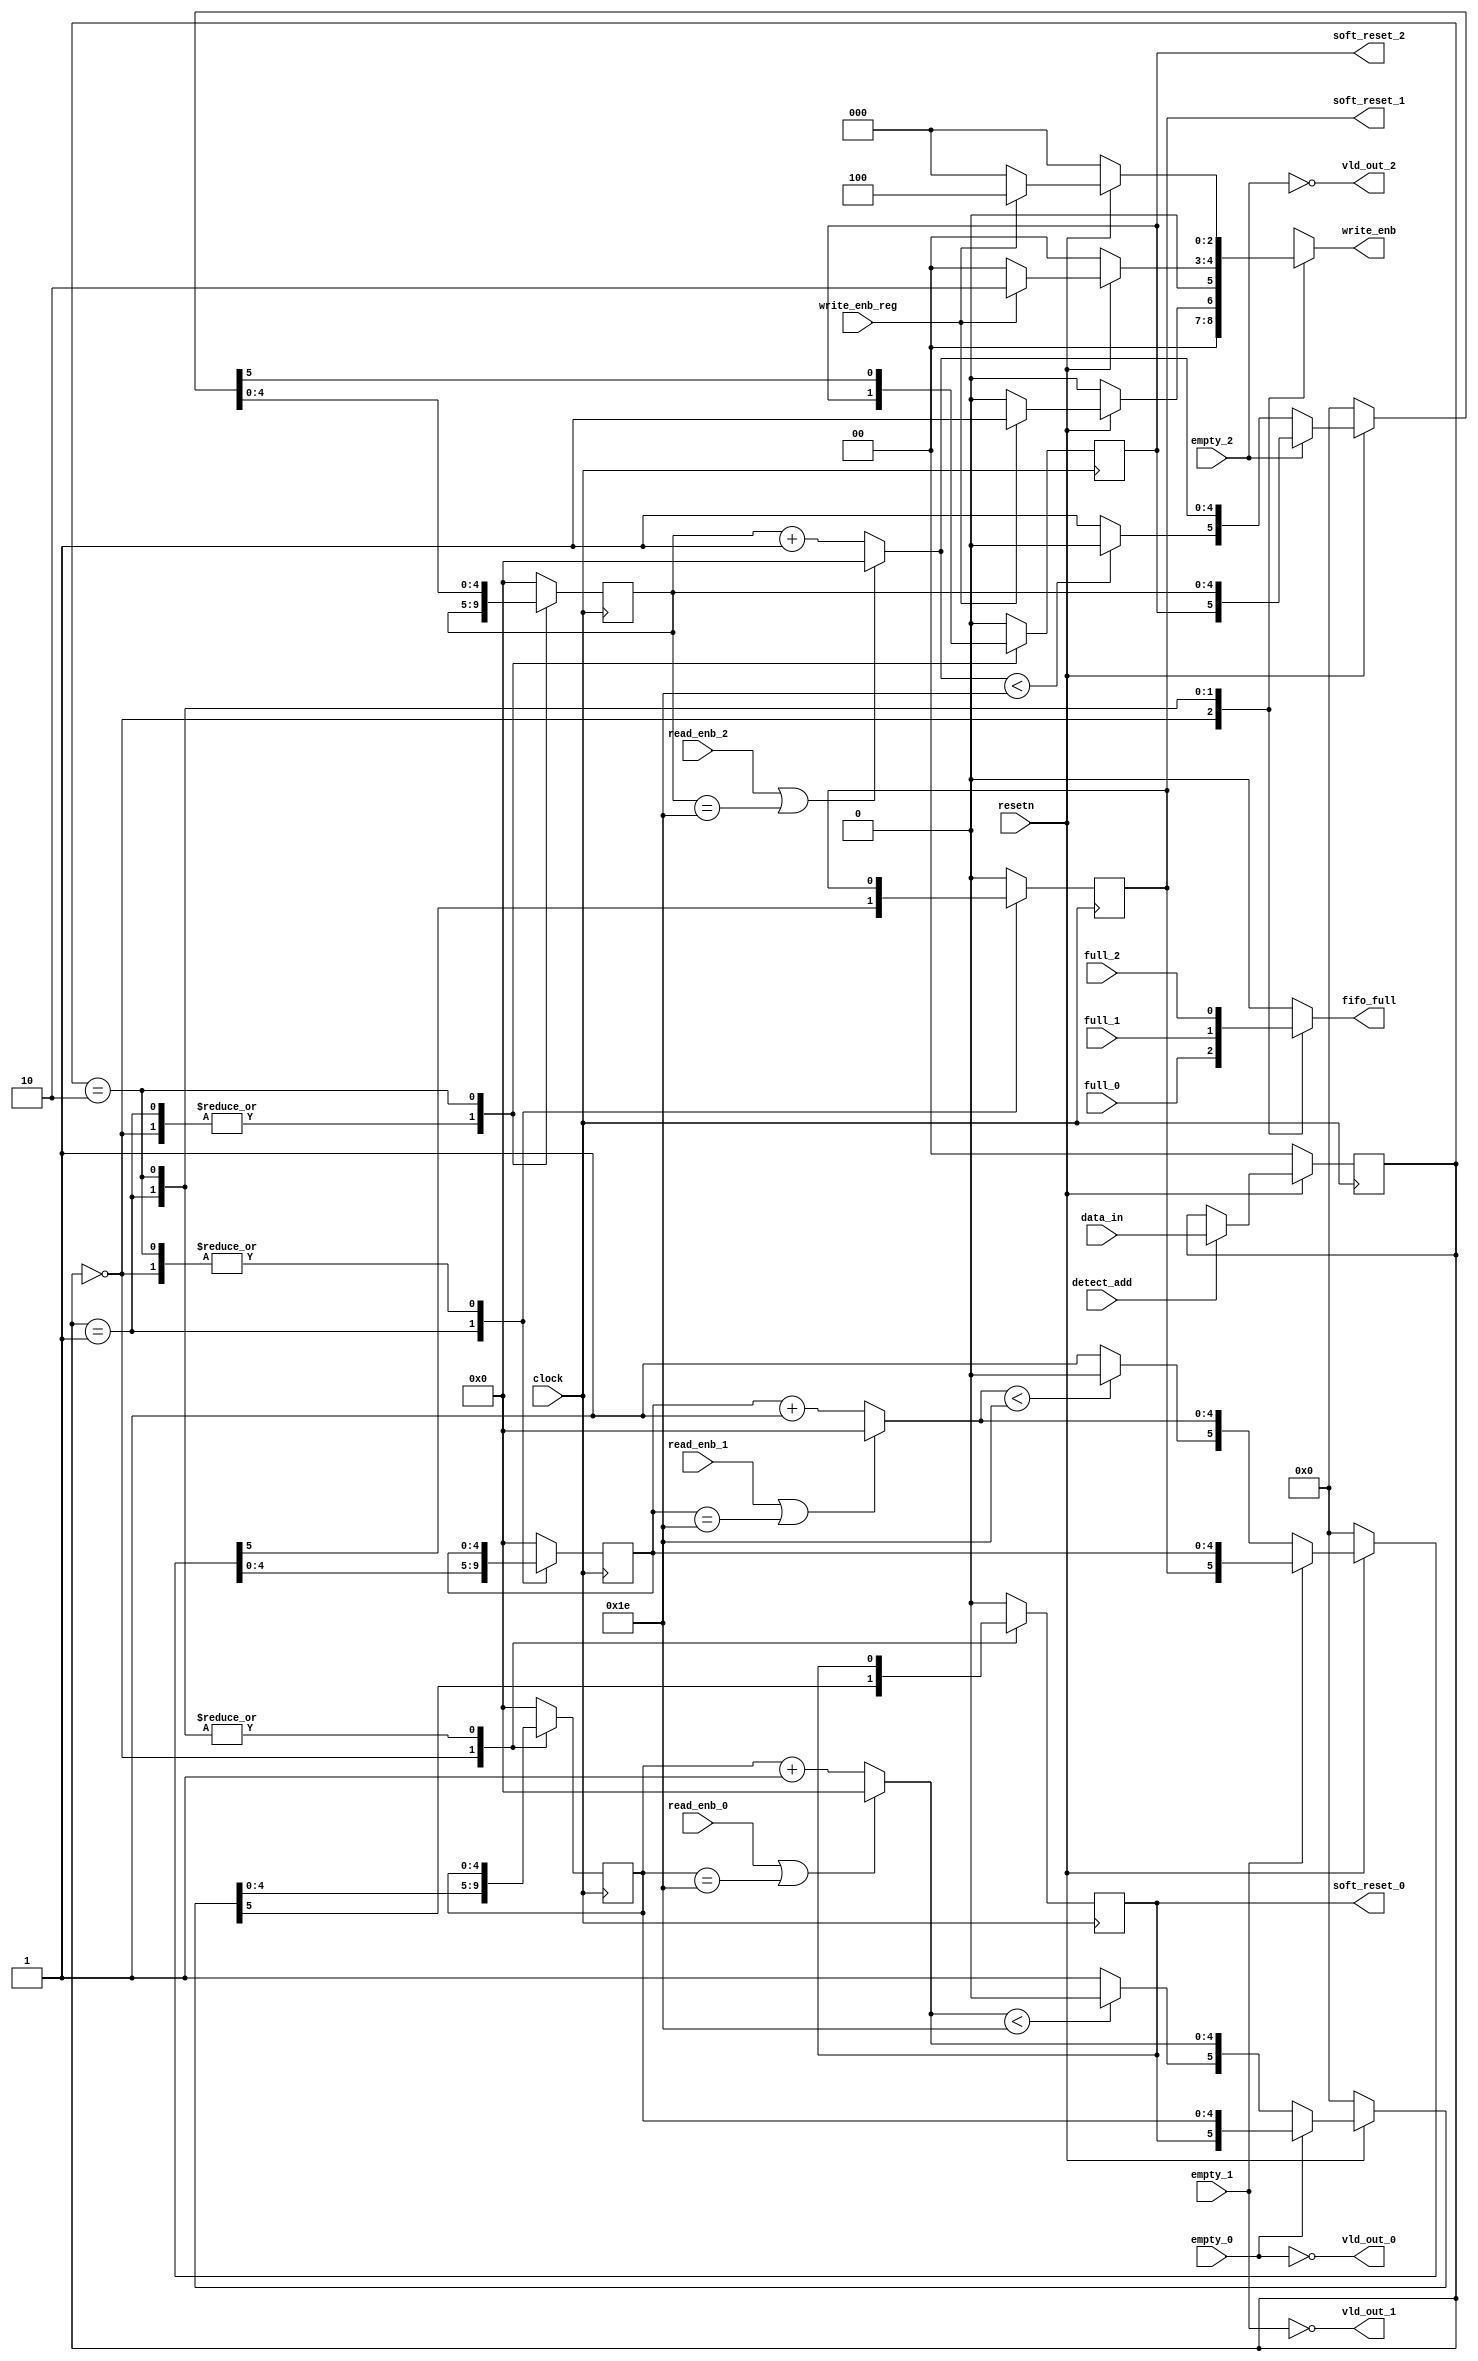
//RTL for Router1x3_Synchronizer
module router_sync(input [1:0] data_in,
                   input detect_add, write_enb_reg, clock, resetn, read_enb_0, read_enb_1, read_enb_2, full_0, full_1, full_2, empty_0, empty_1, empty_2,
				   output vld_out_0, vld_out_1, vld_out_2,
				   output reg [2:0] write_enb,
				   output reg soft_reset_0, soft_reset_1, soft_reset_2, fifo_full);

  reg [1:0] address_register;
  reg [4:0] counter1, counter2, counter3;
  
  function [5:0] check_for_read_enable_signal(input re, soft_reset, input [4:0] counter);
	begin
	  counter = (re || counter == 5'd30) ? 5'b00000 : (counter + 1);
	  soft_reset = (counter < 5'd30) ? 1'b0 : 1'b1;
	  check_for_read_enable_signal = {soft_reset, counter};
	end
  endfunction

  assign {vld_out_0, vld_out_1, vld_out_2} = {~empty_0, ~empty_1, ~empty_2};
  
  always@(posedge clock) // sequential logic
    begin
	  address_register <= (~resetn) ? 2'b00 : (detect_add) ? data_in : address_register;
	  case(address_register)
	    0 : {soft_reset_0, counter1} <= (~resetn) ? 2'b00 : (vld_out_0) ? check_for_read_enable_signal(read_enb_0, soft_reset_0, counter1) : {soft_reset_0, counter1};
	    1 : {soft_reset_1, counter2} <= (~resetn) ? 2'b00 : (vld_out_1) ? check_for_read_enable_signal(read_enb_1, soft_reset_1, counter2) : {soft_reset_1, counter2};
	    2 : {soft_reset_2, counter3} <= (~resetn) ? 2'b00 : (vld_out_2) ? check_for_read_enable_signal(read_enb_2, soft_reset_2, counter3) : {soft_reset_2, counter3};
		default: {soft_reset_0, soft_reset_1, soft_reset_2, counter1, counter2, counter3} <= 18'd0;
	  endcase
	end

  always@(*) // combinational logic
    begin
	  {fifo_full, write_enb} = 4'b0xxx;
	  case(address_register)
	    0: {fifo_full, write_enb} = {full_0, (~resetn) ? 3'b000 : (write_enb_reg) ? 3'b001: 3'b000};
		1: {fifo_full, write_enb} = {full_1, (~resetn) ? 3'b000 : (write_enb_reg) ? 3'b010: 3'b000};
		2: {fifo_full, write_enb} = {full_2, (~resetn) ? 3'b000 : (write_enb_reg) ? 3'b100: 3'b000};
	  endcase
	end
endmodule